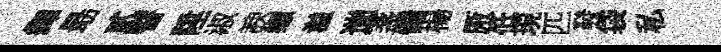
繹朂貳瞽陞淑諛缬溢遄盞僑楊厫低現匹發袋私